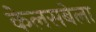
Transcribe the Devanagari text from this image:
केलसबेला